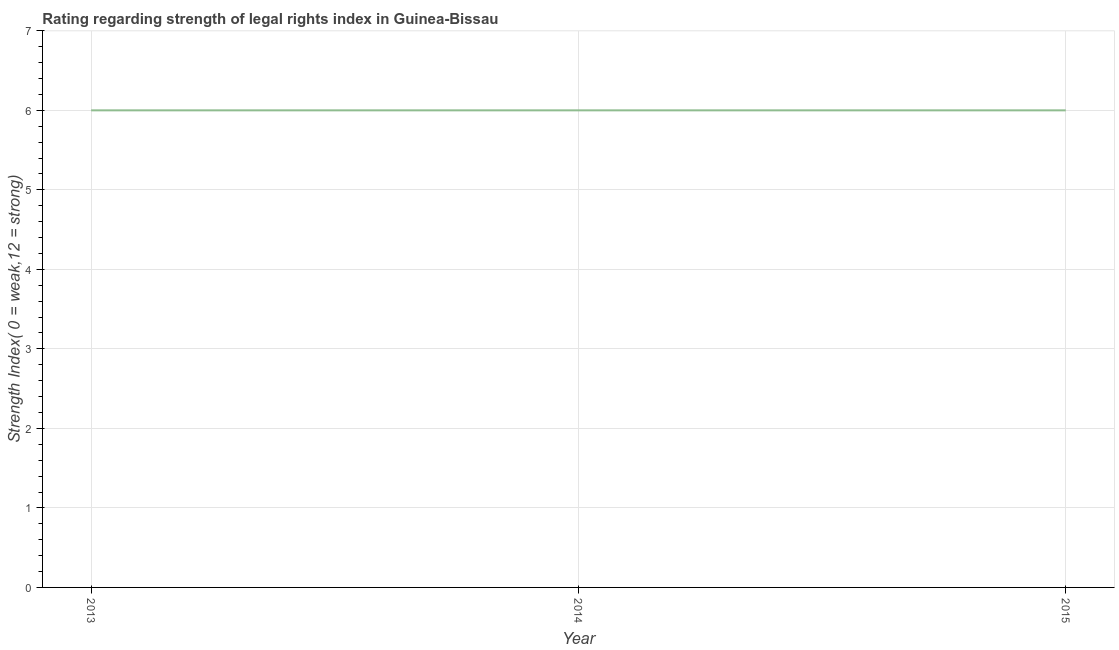
| Year | Strength of legal rights index |
 | --- | --- |
 | 2013 | 6 |
 | 2014 | 6 |
 | 2015 | 6 |